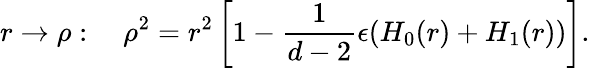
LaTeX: r\rightarrow\rho:\quad\rho^{2}=r^{2}\left[1-\frac{1}{d-2}\epsilon(H_{0}(r)+H_{1}(r))\right].